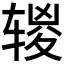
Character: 𰺔